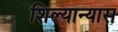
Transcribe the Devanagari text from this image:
शिल्यान्यास